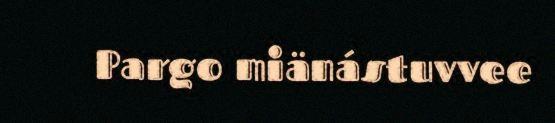
Pargo miänástuvvee